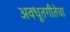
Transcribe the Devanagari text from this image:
अवधूतगीतेचा